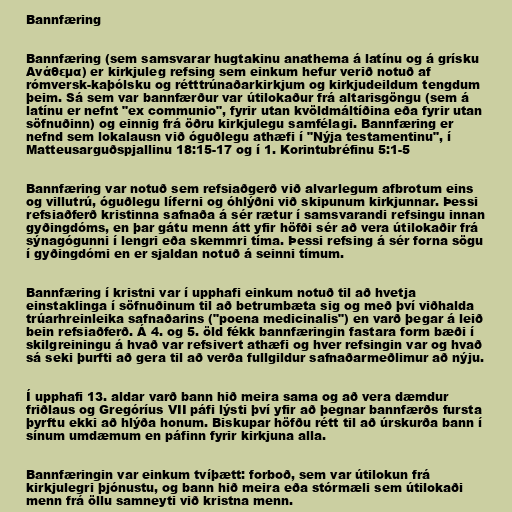
Bannfæring

Bannfæring (sem samsvarar hugtakinu anathema á latínu og á grísku
Ανάθεμα) er kirkjuleg refsing sem einkum hefur verið notuð af
rómversk-kaþólsku og rétttrúnaðarkirkjum og kirkjudeildum tengdum
þeim. Sá sem var bannfærður var útilokaður frá altarisgöngu (sem á
latínu er nefnt "ex communio", fyrir utan kvöldmáltíðina eða fyrir utan
söfnuðinn) og einnig frá öðru kirkjulegu samfélagi. Bannfæring er
nefnd sem lokalausn við óguðlegu athæfi í "Nýja testamentinu", í
Matteusarguðspjallinu 18:15-17 og í 1. Korintubréfinu 5:1-5

Bannfæring var notuð sem refsiaðgerð við alvarlegum afbrotum eins
og villutrú, óguðlegu líferni og óhlýðni við skipunum kirkjunnar. Þessi
refsiaðferð kristinna safnaða á sér rætur í samsvarandi refsingu innan
gyðingdóms, en þar gátu menn átt yfir höfði sér að vera útilokaðir frá
sýnagógunni í lengri eða skemmri tíma. Þessi refsing á sér forna sögu
í gyðingdómi en er sjaldan notuð á seinni tímum.

Bannfæring í kristni var í upphafi einkum notuð til að hvetja
einstaklinga í söfnuðinum til að betrumbæta sig og með því viðhalda
trúarhreinleika safnaðarins ("poena medicinalis") en varð þegar á leið
bein refsiaðferð. Á 4. og 5. öld fékk bannfæringin fastara form bæði í
skilgreiningu á hvað var refsivert athæfi og hver refsingin var og hvað
sá seki þurfti að gera til að verða fullgildur safnaðarmeðlimur að nýju.

Í upphafi 13. aldar varð bann hið meira sama og að vera dæmdur
friðlaus og Gregóríus VII páfi lýsti því yfir að þegnar bannfærðs fursta
þyrftu ekki að hlýða honum. Biskupar höfðu rétt til að úrskurða bann í
sínum umdæmum en páfinn fyrir kirkjuna alla.

Bannfæringin var einkum tvíþætt: forboð, sem var útilokun frá
kirkjulegri þjónustu, og bann hið meira eða stórmæli sem útilokaði
menn frá öllu samneyti við kristna menn.